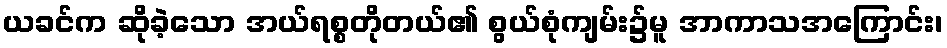
ယခင်က ဆိုခဲ့သော အယ်ရစ္စတိုတယ်၏ စွယ်စုံကျမ်း၌မူ အာကာသအကြောင်း၊